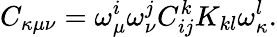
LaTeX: C_{\kappa\mu\nu}=\omega_{\mu}^{i}\omega_{\nu}^{j}C_{ij}^{k}K_{kl}\omega_{\kappa}^{l}.